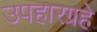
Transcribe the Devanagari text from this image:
उपहारग्रहे